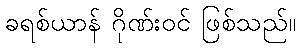
ခရစ်ယာန် ဂိုဏ်းဝင် ဖြစ်သည်။